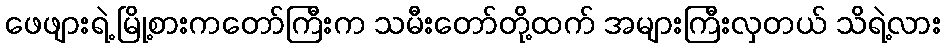
ဖေဖျားရဲ့ မြို့စားကတော်ကြီးက သမီးတော်တို့ထက် အများကြီးလှတယ် သိရဲ့လား